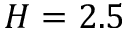
H = 2 . 5